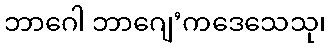
ဘာဂေါ ဘာဂျေ’ကဒေသေသု၊